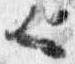
也